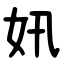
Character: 㚨